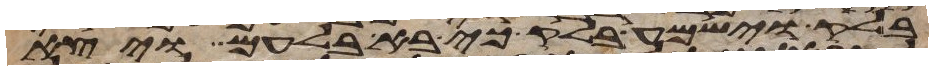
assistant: בלק וישמע בלק כי בא בלעם ויצא